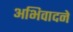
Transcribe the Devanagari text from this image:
अभिवादने